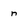
Character: n